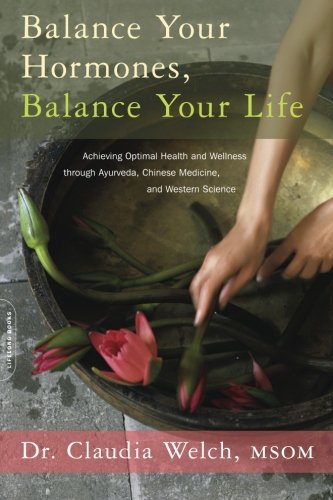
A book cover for Balance Your Hormones, Balance Your Life: Achieving Optimal Health and Wellness through Ayurveda, Chinese Medicine, and Western Science; Claudia Welch; Health, Fitness & Dieting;